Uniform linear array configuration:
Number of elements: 4
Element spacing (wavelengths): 0.5
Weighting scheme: blackman
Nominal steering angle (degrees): -30
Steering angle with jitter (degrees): -30.004
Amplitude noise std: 0.05
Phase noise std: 0.05

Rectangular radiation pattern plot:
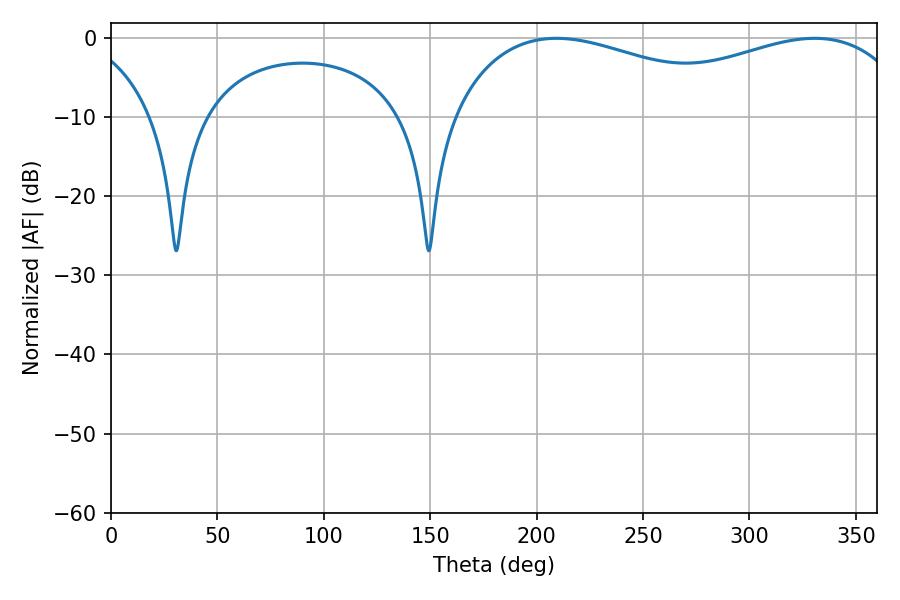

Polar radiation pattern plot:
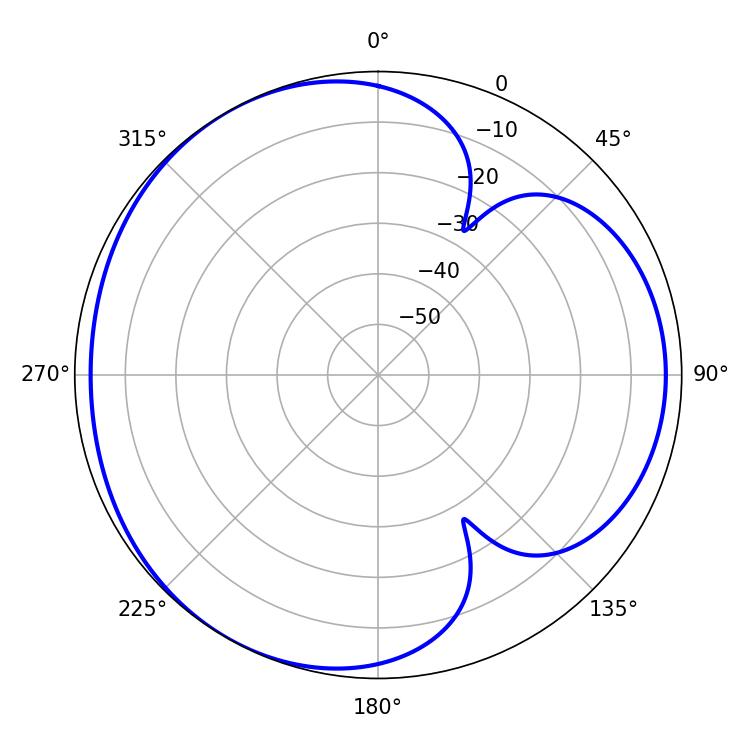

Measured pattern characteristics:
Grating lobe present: FALSE
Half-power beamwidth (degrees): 82.62
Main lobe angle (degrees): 209.34